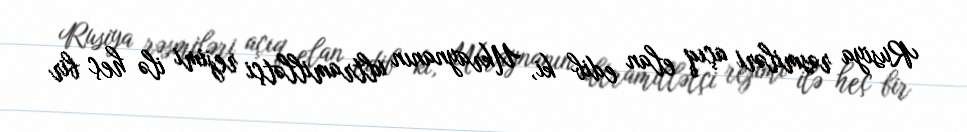
Rusiya rəsmiləri açıq elan edib ki, Ukraynanın ultramillətçi rejimi ilə heç bir